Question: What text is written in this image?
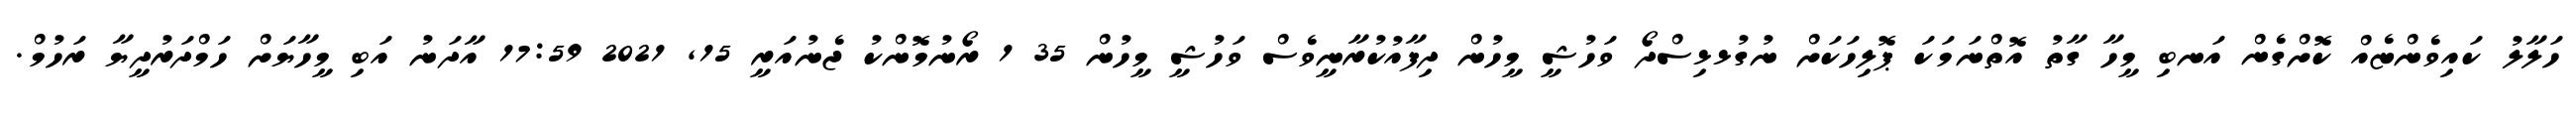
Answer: ހަލާލު ކައިވެންޏެއް ކޮށްގެން އަނބި މީހާ ގާތު އޮތްނަމަކަ ޕޮލިހަކަށް ނުގުޅޅިސްދޯ ވަހުޝީ މީހުން ދިފާއުކުރާނީވެސް ވަހުޝީ މީހުން 35 1 ރޯނުމޮންކު ޖެނުއަރީ 15, 2021 17:59 އާދަނު އަބި މީހާޔަށް ހަމްދަރުދީޔާ ރަހުމް.